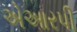
એઆરપી